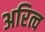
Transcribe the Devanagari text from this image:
अरित्व